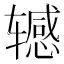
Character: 𫐘